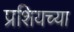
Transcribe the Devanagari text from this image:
प्रशियच्या